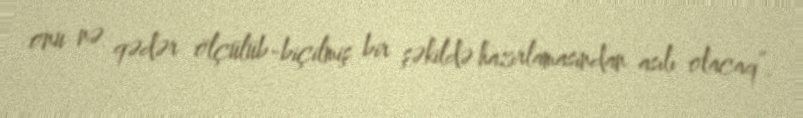
onu nə qədər ölçülüb-biçilmiş bir şəkildə hazırlamasından asılı olacaq”.